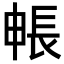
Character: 𮣻